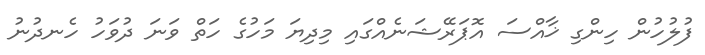
ފުލުހުން ހިންގި ޚާއްސަ އޮޕަރޭޝަނެއްގައި މިދިޔަ މަހުގެ ހަތް ވަނަ ދުވަހު ހެނދުނު